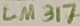
Text: LM317